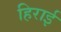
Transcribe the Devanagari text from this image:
हिराई